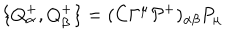
LaTeX: \{ Q _ { \alpha } ^ { + } , Q _ { \beta } ^ { + } \} = ( C \Gamma ^ { \mu } { \cal P } ^ { + } ) _ { \alpha \beta } P _ { \mu }